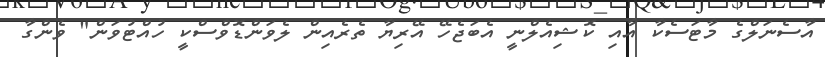
އާސެނަލްގެ މާޓަސެކާ އާއި ކޮޝިއެލްނީ އެބަޖެހޭ އޭރިޔާ ތެރެއިން ލެވަންޑޮވްސްކީ ހުއްޓުވަން" ވެންގާ